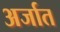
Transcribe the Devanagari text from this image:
अर्जात